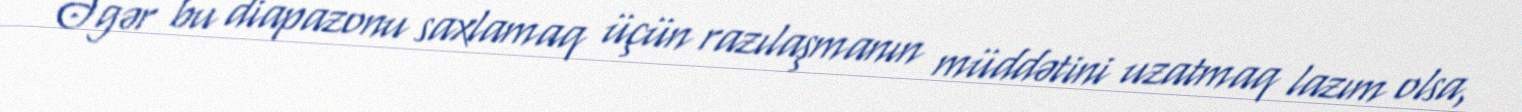
Əgər bu diapazonu saxlamaq üçün razılaşmanın müddətini uzatmaq lazım olsa,